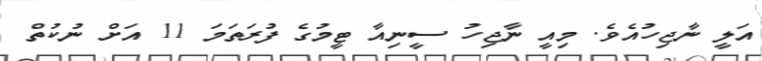
އަލީ ނާޖިހުއެވެ. މިއީ ނާޖިހު ސީނިއާ ޓީމުގެ ފުރަތަމަ 11 އަށް ނުކުތް